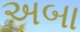
અબા